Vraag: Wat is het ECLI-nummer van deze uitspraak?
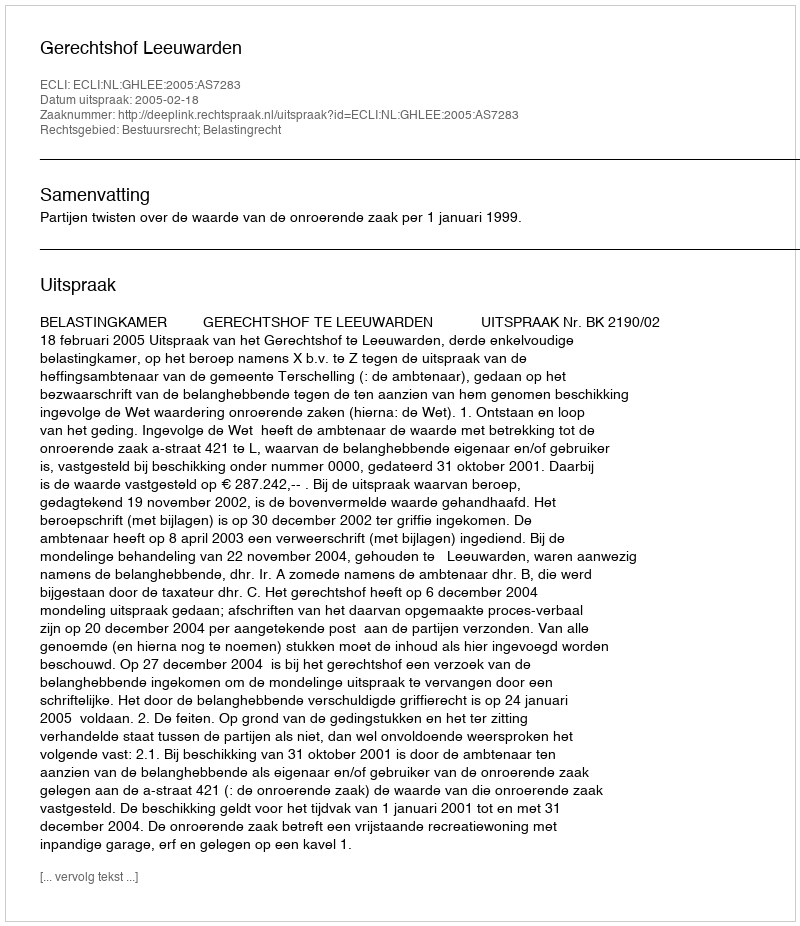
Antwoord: ECLI:NL:GHLEE:2005:AS7283